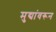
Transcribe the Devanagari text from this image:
मुद्यांवरून